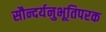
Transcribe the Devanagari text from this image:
सौन्दर्यनुभूतिपरक